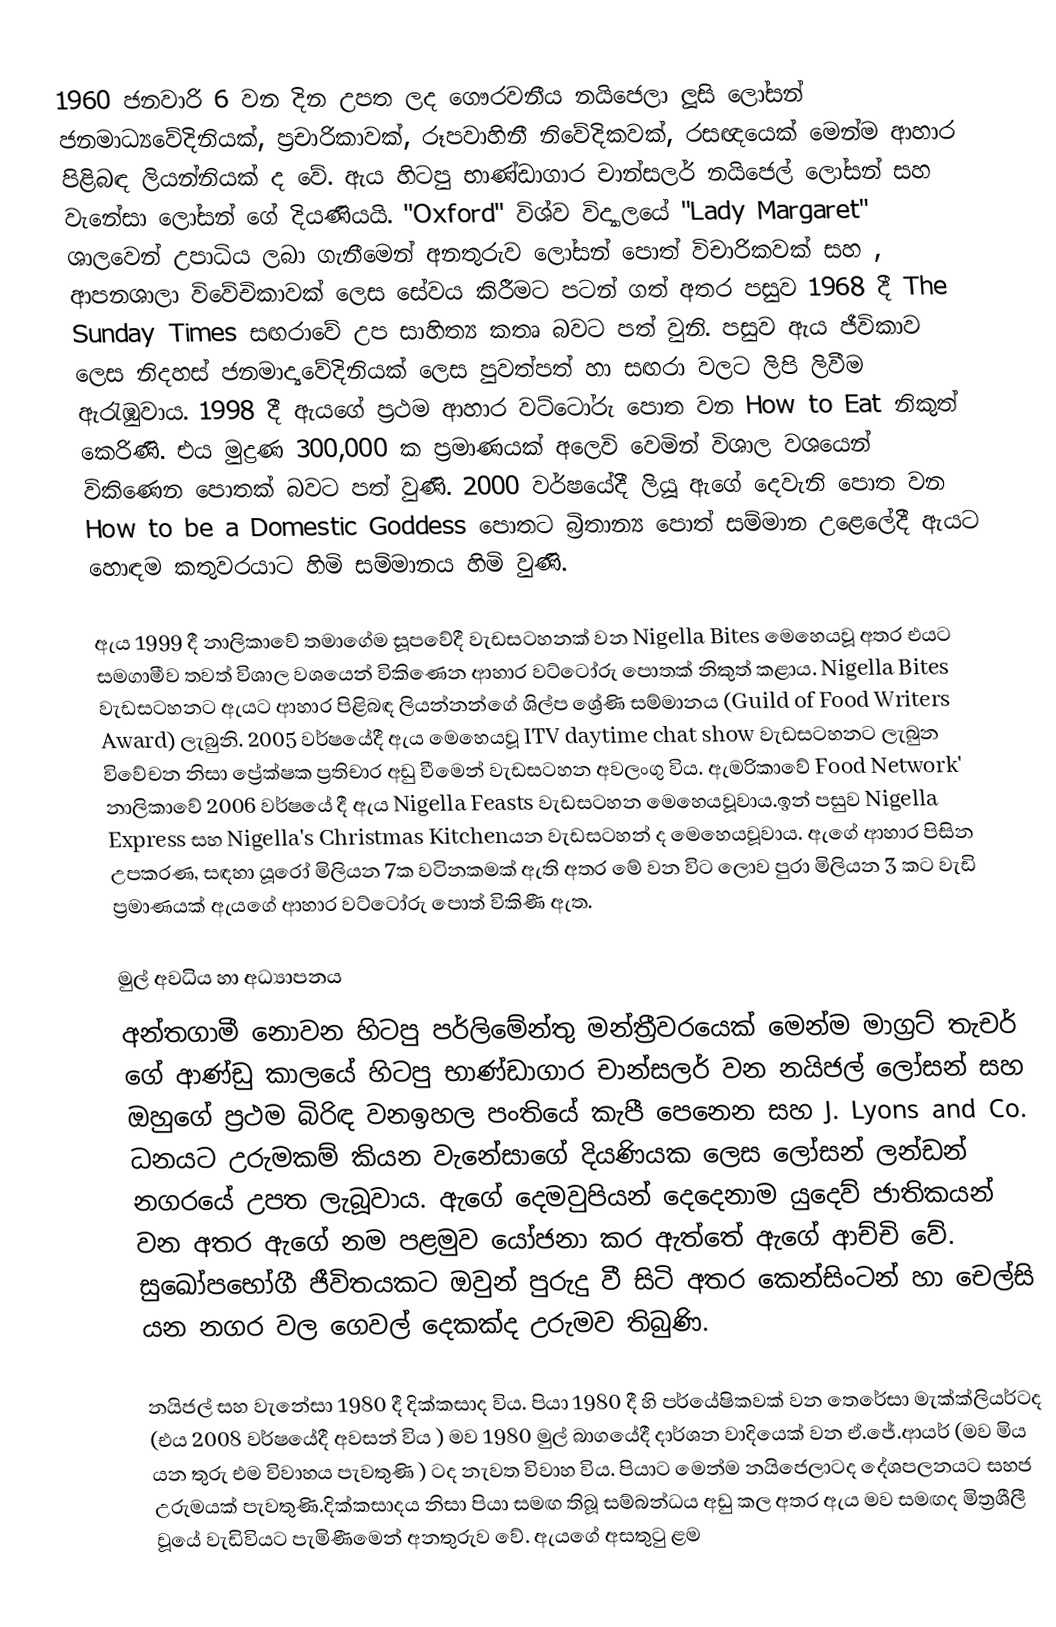
1960 ජනවාරි 6 වන දින උපත ලද ගෞරවනීය නයිජෙලා ලූසි ලෝසන් ජනමාධ්‍යවේදිනියක්, ප්‍රචාරිකාවක්, රූපවාහිනී නිවේදිකවක්,  රසඥයෙක් මෙන්ම ආහාර පිළිබඳ ලියන්නියක් ද වේ. ඇය හිටපු භාණ්ඩාගාර චාන්සලර් නයිජෙල් ලෝසන් සහ වැනේසා ලෝසන් ගේ දියණියයි. "Oxford" විශ්ව විද්‍යාලයේ  "Lady Margaret" ශාලවෙන් උපාධිය ලබා ගැනීමෙන් අනතුරුව ලෝසන් පොත් විචාරිකවක් සහ , ආපනශාලා විවේචිකාවක් ලෙස සේවය කිරීමට පටන් ගත් අතර පසුව 1968 දී  The Sunday Times සඟරාවේ උප සාහිත්‍ය කතෘ බවට පත් වුනි. පසුව ඇය ජීවිකාව ලෙස නිදහස් ජනමාද්‍යවේදිනියක් ලෙස පුවත්පත් හා සඟරා වලට ලිපි ලිවීම ඇරැඹුවාය. 1998 දී ඇයගේ ප්‍රථම ආහාර වට්ටෝරු පොත වන How to Eat නිකුත් කෙරිණි. එය මුද්‍රණ 300,000 ක ප්‍රමාණයක් අලෙවි වෙමින් විශාල වශයෙන් විකිණෙන පොතක් බවට පත් වුණි. 2000 වර්ෂයේදී ලියූ ඇගේ දෙවැනි පොත වන How to be a Domestic Goddess පොතට බ්‍රිතාන්‍ය පොත් සම්මාන උළෙලේදී ඇයට හොඳම කතුවරයාට හිමි සම්මානය හිමි වුණි.

ඇය 1999 දී නාලිකාවේ තමාගේම සූපවේදී වැඩසටහනක් වන Nigella Bites මෙහෙයවූ අතර එයට සමගාමීව තවත් විශාල වශයෙන් විකිණෙන ආහාර වට්ටෝරු පොතක් නිකුත් කළාය. Nigella Bites වැඩසටහනට ඇයට ආහාර පිළිබඳ ලියන්නන්ගේ ශිල්ප ශ්‍රේණි සම්මානය (Guild of Food Writers Award) ලැබුනි. 2005 වර්ෂයේදී ඇය මෙහෙයවූ  ITV daytime chat show වැඩසටහනට ලැබුන විවේචන නිසා ප්‍රේක්ෂක ප්‍රතිචාර අඩු වීමෙන්  වැඩසටහන අවලංගු විය. ඇමරිකාවේ Food Network' නාලිකාවේ 2006 වර්ෂයේ දී ඇය Nigella Feasts වැඩසටහන මෙහෙයවූවාය.ඉන් පසුව Nigella Express සහ Nigella's Christmas Kitchenයන වැඩසටහන් ද මෙහෙයවූවාය. ඇගේ ආහාර පිසින උපකරණ, සඳහා යූරෝ මිලියන 7ක වටිනකමක් ඇති අතර මේ වන විට ලොව පුරා මිලියන 3 කට වැඩි ප්‍රමාණයක් ඇයගේ ආහාර වට්ටෝරු පොත් විකිණී ඇත.

මුල් අවධිය හා අධ්‍යාපනය
අන්තගාමී නොවන හිටපු පර්ලිමේන්තු මන්ත්‍රීවරයෙක් මෙන්ම මාග්‍රට් තැචර් ගේ ආණ්ඩු කාලයේ හිටපු භාණ්ඩාගාර චාන්සලර් වන නයිජල් ලෝසන් සහ ඔහුගේ ප්‍රථම බිරිඳ වනඉහල පංතියේ කැපී පෙනෙන සහ J. Lyons and Co. ධනයට උරුමකම් කියන වැනේසාගේ දියණියක ලෙස ලෝසන් ලන්ඩන් නගරයේ උපත ලැබූවාය. ඇගේ දෙමවුපියන් දෙදෙනාම යුදෙව් ජාතිකයන් වන අතර ඇගේ නම පළමුව යෝජනා කර ඇත්තේ ඇගේ ආච්චි වේ. සුඛෝපභෝගී ජීවිතයකට ඔවුන් පුරුදු වී සිටි අතර කෙන්සිංටන් හා චෙල්සි යන නගර වල ගෙවල් දෙකක්ද උරුමව තිබුණි.

නයිජල් සහ වැනේසා 1980 දී දික්කසාද විය. පියා 1980 දී හි පර්යේෂිකවක් වන තෙරේසා මැක්ක්ලියර්ටද (එය 2008 වර්ෂයේදී අවසන් විය ) මව 1980 මුල් බාගයේදී දාර්ශන වාදියෙක් වන ඒ.ජේ.ආයර් (මව මිය යන තුරු එම විවාහය පැවතුණි ) ටද නැවත විවාහ විය. පියාට මෙන්ම නයිජෙලාටද දේශපලනයට සහජ උරුමයක් පැවතුණි.දික්කසාදය නිසා පියා සමඟ තිබූ සම්බන්ධය අඩු කල අතර ඇය මව සමඟද මිත්‍රශීලී වූයේ වැඩිවියට පැමිණීමෙන් අනතුරුව වේ. ඇයගේ අසතුටු ළම